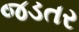
જડતર